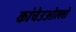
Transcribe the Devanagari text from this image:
कांचेउओल्लो